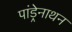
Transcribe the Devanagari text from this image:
पांड्रेनाथन